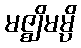
မဇ္ဈိမမ္ပိ